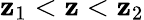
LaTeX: \mathbf{z}_{1}<\mathbf{z}<\mathbf{z}_{2}